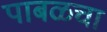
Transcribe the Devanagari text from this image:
पाबळचा